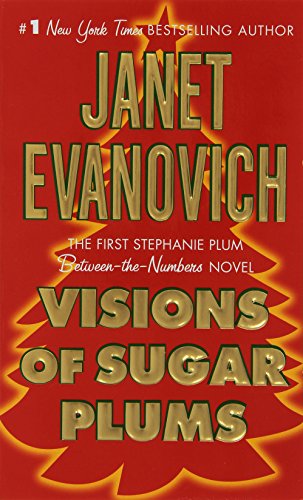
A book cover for Visions of Sugar Plums: A Stephanie Plum Holiday Novel (Stephanie Plum Novels); Janet Evanovich; Romance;